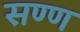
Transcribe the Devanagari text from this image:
सण्ण